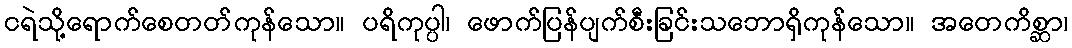
ငရဲသို့ရောက်စေတတ်ကုန်သော။ ပရိကုပ္ပါ၊ ဖောက်ပြန်ပျက်စီးခြင်းသဘောရှိကုန်သော။ အတေကိစ္ဆာ၊